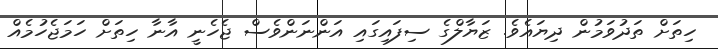
ހިތަށް ތަދުވަމުން ދިޔައެވެ. ޒަޔާލްގެ ސިފައިގައި އަންނަންވެސް ޖެހެނީ އާނާ ހިތަށް ހަމަޖެހުމެއް